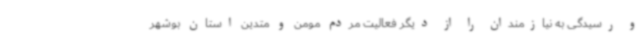
و رسیدگی به نیازمندان را از دیگر فعالیت مردم مومن و متدین استان بوشهر